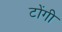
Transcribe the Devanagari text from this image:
टोंगी